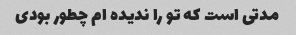
مدتی است که تو را ندیده ام چطور بودی